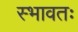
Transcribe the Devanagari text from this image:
स्भावतः